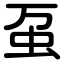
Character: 虿